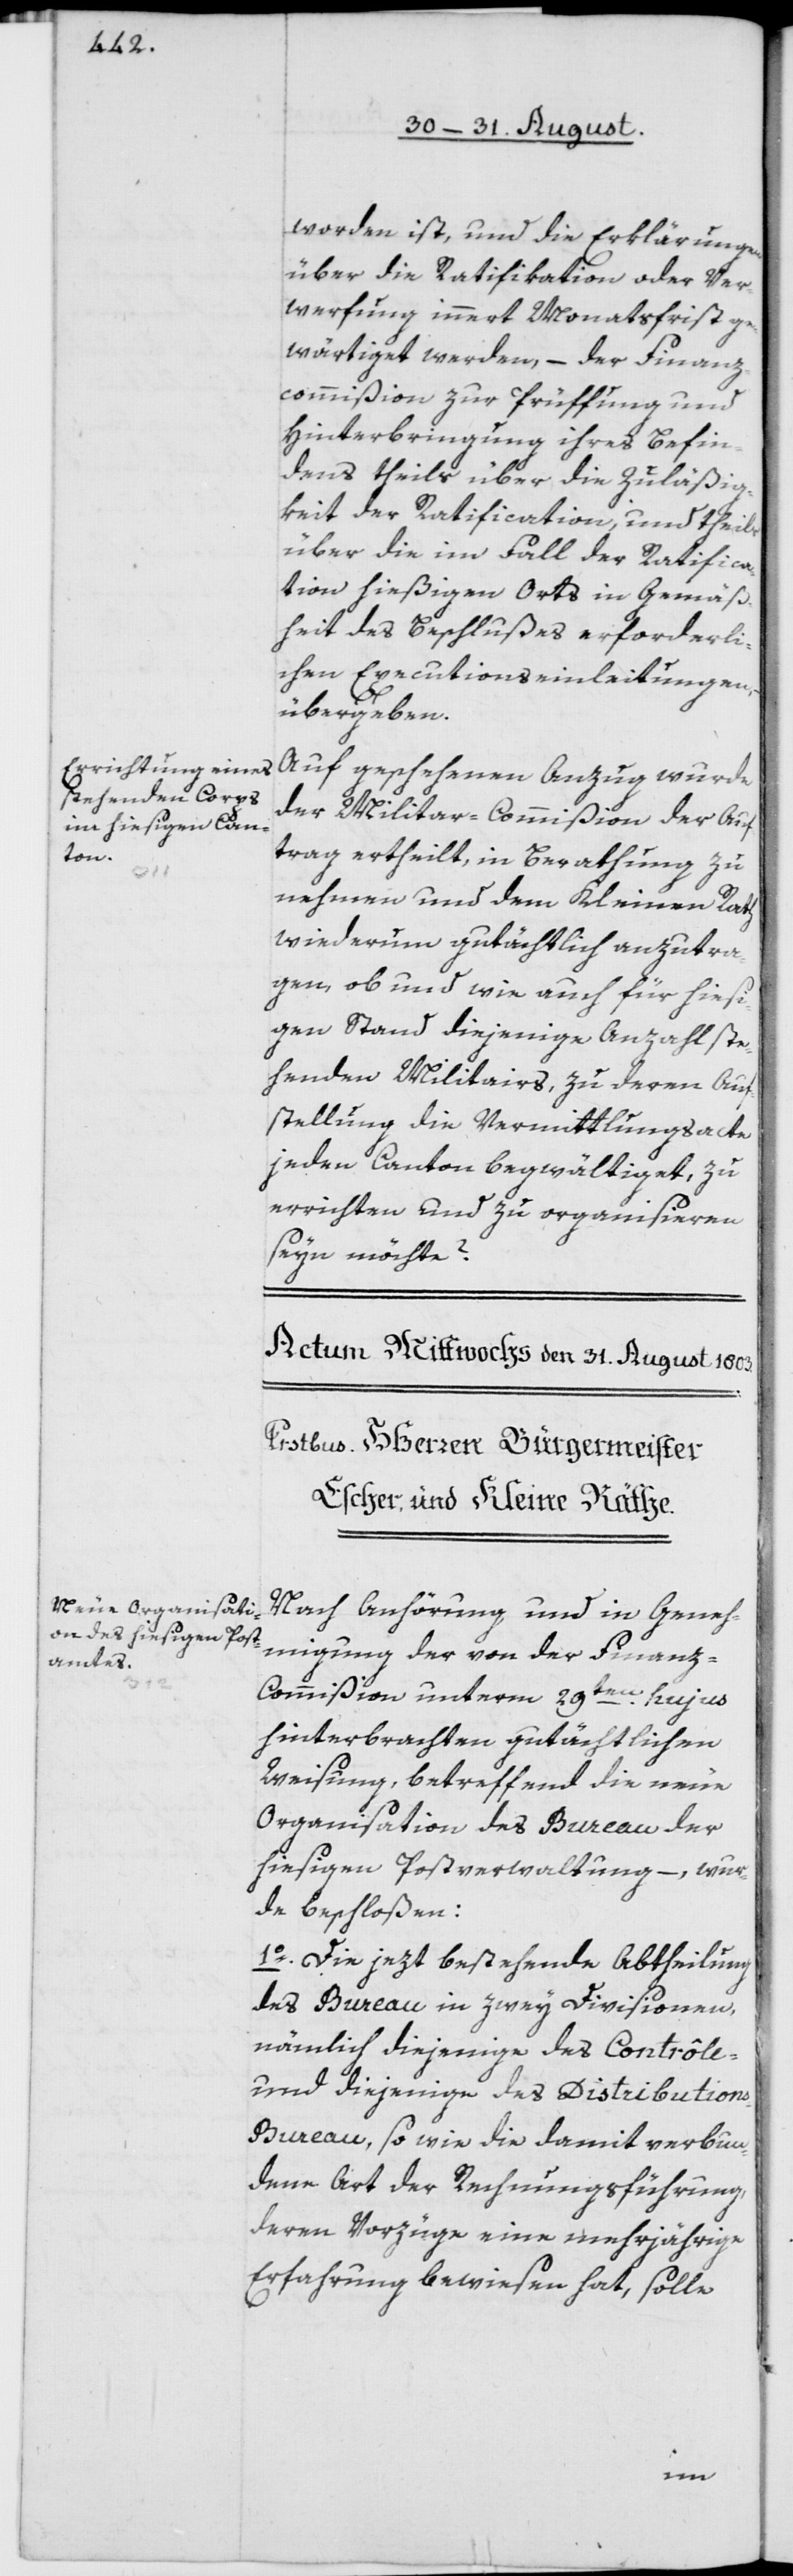
worden ist, und die Erklärungen
über die Ratifikation oder Ver¬
werfung innert Monatsfrist ge¬
wärtiget werden, – der Finanz¬
commißion zur Prüffung und
Hinterbringung ihres Befin¬
dens theils über die Zuläßig¬
keit der Ratification, und theils
über die im Fall der Ratifica¬
tion hießigen Orts in Gemäß¬
heit des Beschlußes erforderli¬
chen Executionseinleitungen,
übergeben.
Auf geschehenen Anzug wurde
der Militar-Commißion der Auf¬
trag ertheilt, in Berathung zu
nehmen und dem Kleinen Rath
wiederum gutächtlich anzutra¬
gen, ob und wie auch für hiesi¬
gen Stand diejenige Anzahl ste¬
henden Militairs, zu deren Auf¬
stellung die Vermittlungsacte
jeden Canton begwältiget, zu
errichten und zu organisieren
seyn möchte?
Nach Anhörung und in Geneh¬
migung der von der Finan¬
z-Commißion unterm 29ten hujus
hinterbrachten gutächtlichen
Weisung, betreffend die neue
Organisation des Bureau der
hiesigen Postverwaltung –, wur¬
de beschloßen:
1o. Die jezt bestehende Abtheilung
des Bureau in zwey Divisionen,
nämlich diejenige des Contrôle-
und diejenige des Distribution¬
s-Bureau, so wie die damit verbun¬
dene Art der Rechnungsführung,
deren Vorzüge eine mehrjährige
Erfahrung bewiesen hat, solle